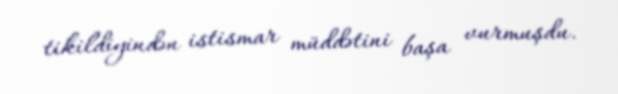
tikildiyindən istismar müddətini başa vurmuşdu.